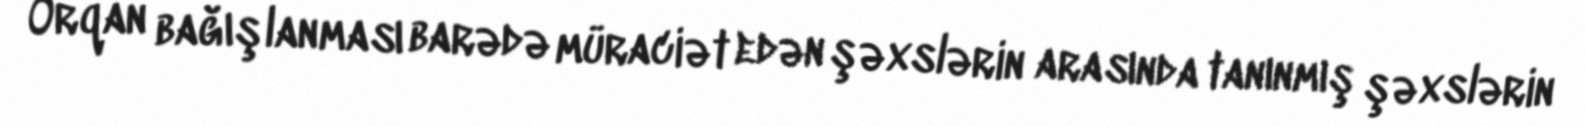
Orqan bağışlanması barədə müraciət edən şəxslərin arasında tanınmış şəxslərin